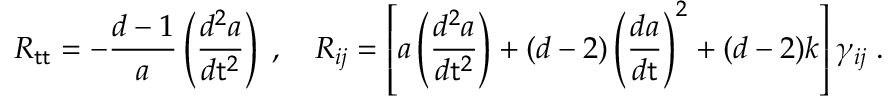
R _ { \sf t t } = - \frac { d - 1 } { a } \left( \frac { d ^ { 2 } a } { d { \sf t } ^ { 2 } } \right) \; , ~ ~ ~ R _ { i j } = \left[ a \left( \frac { d ^ { 2 } a } { d { \sf t } ^ { 2 } } \right) + ( d - 2 ) \left( \frac { d a } { d \sf t } \right) ^ { 2 } + ( d - 2 ) k \right] \gamma _ { i j } \; .